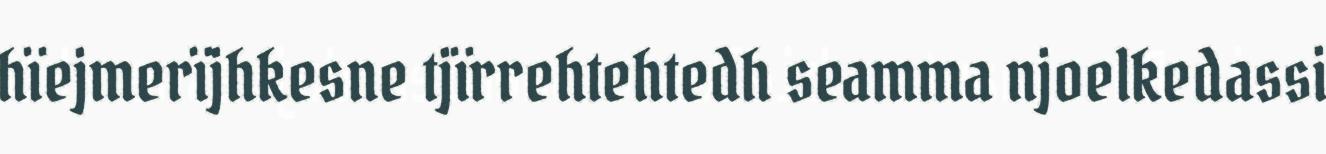
hïejmerïjhkesne tjïrrehtehtedh seamma njoelkedassi